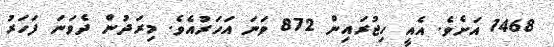
1468 އަށެވެ. އެއީ ހިޖުރައިން 872 ވަނަ އަހަރުއެވެ. މިރަދުން ދެވަނަ ފަހަރު